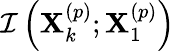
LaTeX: \mathcal{I}\left(\mathbf{X}_{k}^{\left(p\right)};\mathbf{X}_{1}^{\left(p\right)}\right)